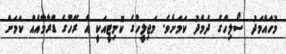
މުހައްމަދު ސޯލިހްގެ ދެމެދު ކަމަށެވެ. މަޖިލީހުގެ ކޮމިޓީއަކީ އެ ރޭހުގެ ޑްރާމާއެއް ކަމަށް